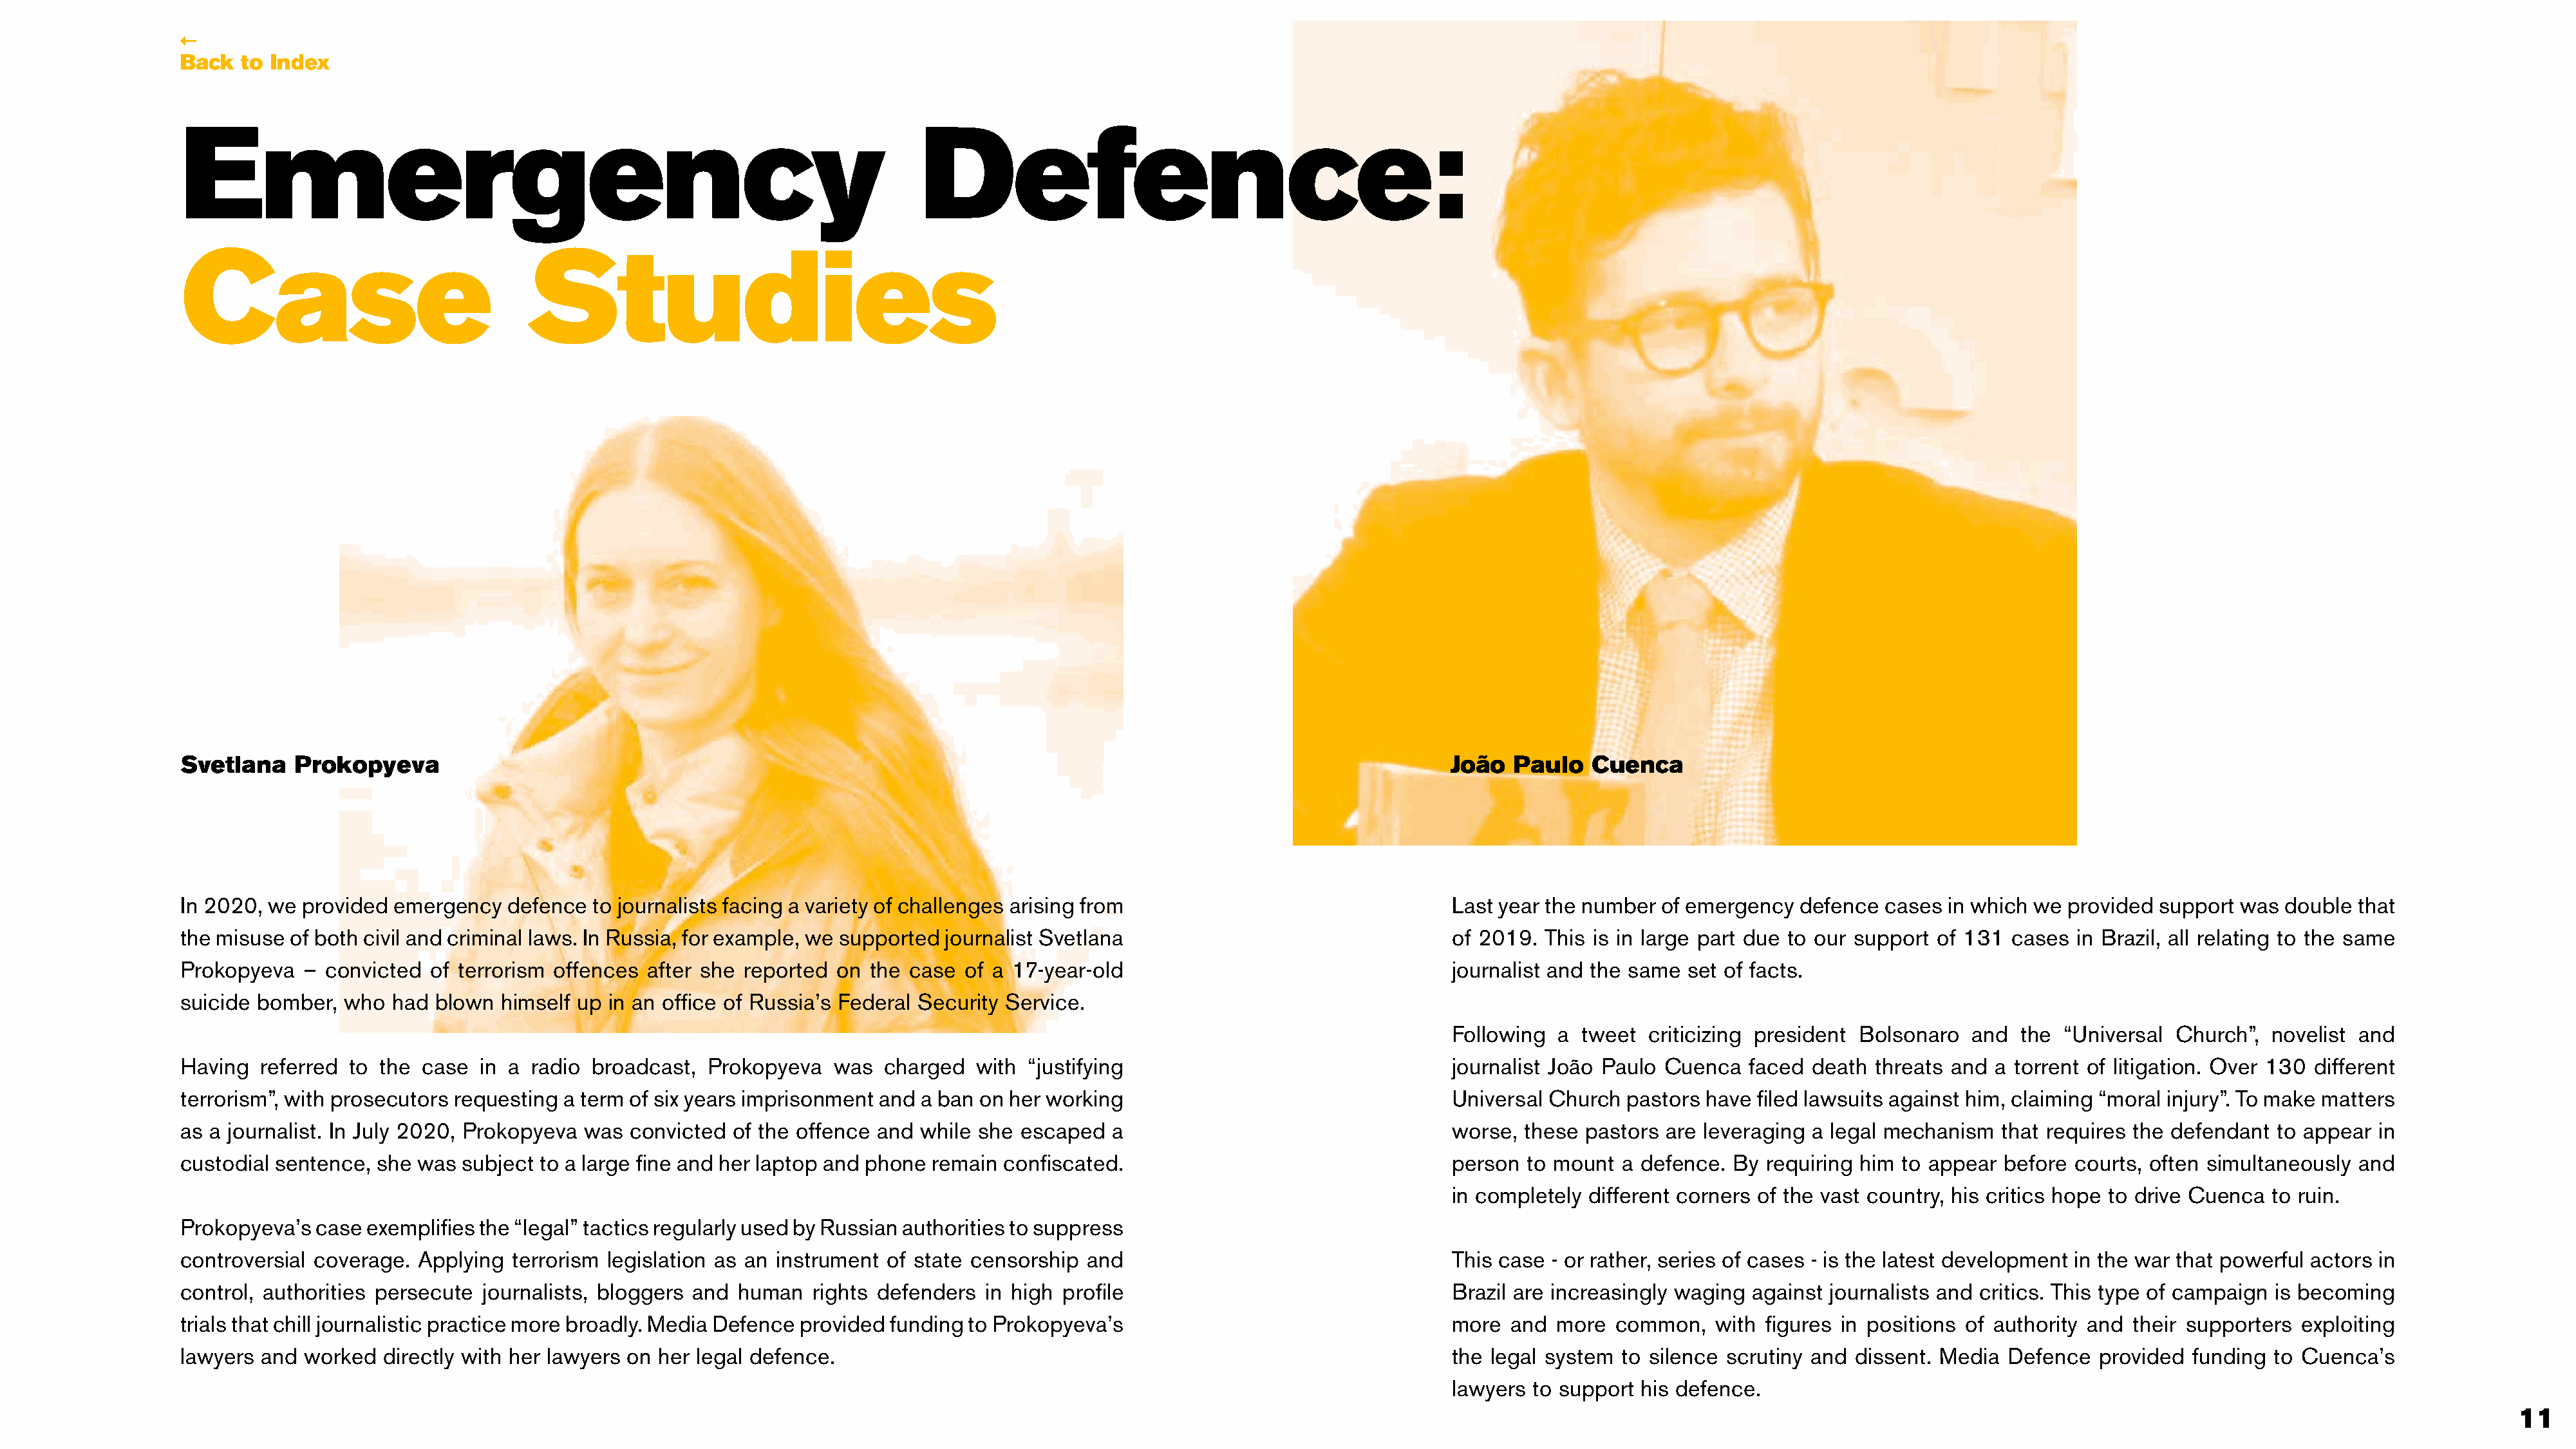
←
 Back  to Index
 Emergency                                                                   Defence:
 Case                               Studies
 Svetlana   Prokopyeva                                                                                                             João   Paulo   Cuenca
 In 2020, we provided emergency   defence  to journalists facing a variety of challenges arising from                              Last year the number  of emergency  defence  cases in which we  provided support was  double that
 the misuse of both civil and criminal laws. In Russia, for example, we supported journalist Svetlana                              of 2019.  This is in large part due to our support of 131 cases in Brazil, all relating to the same
 Prokopyeva  – convicted  of terrorism offences  after she reported on the  case of a 17-year-old                                  journalist and the same set of facts.
 suicide bomber, who  had  blown  himself up in an office of Russia’s Federal Security Service.
 Following  a  tweet  criticizing president Bolsonaro  and  the “Universal  Church”,  novelist and
 Having  referred to the case  in a  radio broadcast,  Prokopyeva   was  charged  with  “justifying                                journalist João Paulo Cuenca   faced death  threats and a torrent of litigation. Over 130 different
 terrorism”, with prosecutors requesting a term of six years imprisonment and a ban on her working                                 Universal Church  pastors have  filed lawsuits against him, claiming “moral injury”. To make matters
 as a journalist. In July 2020, Prokopyeva was convicted of the offence and  while she escaped  a                                  worse,  these pastors are leveraging a legal mechanism   that requires the defendant to appear  in
 custodial sentence, she was  subject to a large fine and her laptop and phone remain confiscated.                                 person  to mount  a defence. By  requiring him to appear before courts, often simultaneously and
 in completely different corners of the vast country, his critics hope to drive Cuenca to ruin.
 Prokopyeva’s case  exemplifies the “legal” tactics regularly used by Russian authorities to suppress
 controversial coverage. Applying  terrorism legislation as an instrument of state censorship and                                  This case - or rather, series of cases - is the latest development in the war that powerful actors in
 control, authorities persecute journalists, bloggers and human   rights defenders in high profile                                 Brazil are increasingly waging against journalists and critics. This type of campaign is becoming
 trials that chill journalistic practice more broadly. Media Defence provided funding to Prokopyeva’s                              more  and  more  common,   with figures in positions of authority and their supporters  exploiting
 lawyers and worked  directly with her lawyers on her legal defence.                                                               the legal system  to silence scrutiny and dissent. Media Defence   provided funding  to Cuenca’s
 lawyers  to support his defence.
 11